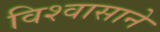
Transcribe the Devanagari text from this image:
विश्‍वासाने